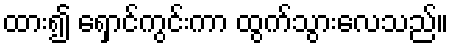
ထား၍ ရှောင်ကွင်းကာ ထွက်သွားလေသည်။